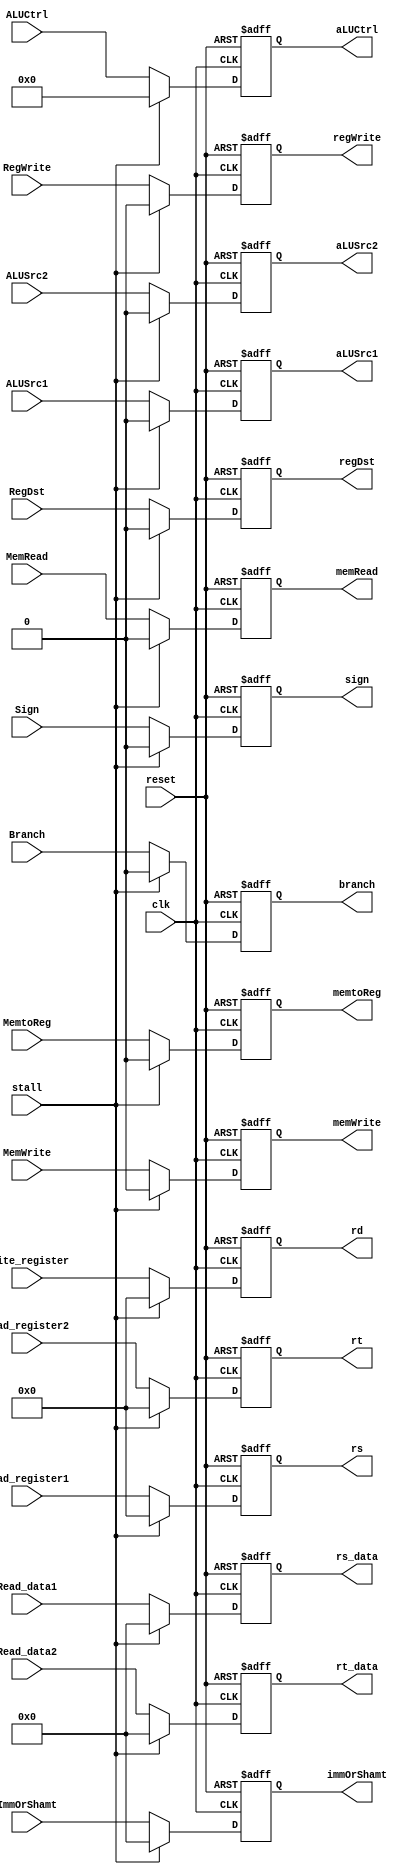
`timescale 1ns/1ps
module ID_EX(
    input reset,
    input clk,
    input stall,
	input Branch,
	input RegWrite,
	input RegDst,
	input MemRead,
	input MemWrite,
	input MemtoReg,
	input ALUSrc1,
	input ALUSrc2,
    input [31:0] Read_data1,
    input [31:0] Read_data2,
    input [4:0] Read_register1,
    input [4:0] Read_register2,
    input [4:0] Write_register,
    input [31:0] ImmOrShamt,
    input [3:0] ALUCtrl,
    input Sign,

	output reg branch,
	output reg regWrite,
	output reg regDst,
	output reg memRead,
	output reg memWrite,
	output reg memtoReg,
	output reg aLUSrc1,
	output reg aLUSrc2,
    output reg [31:0] rs_data,
    output reg [31:0] rt_data,
    output reg [4:0] rs,
    output reg [4:0] rt,
    output reg [4:0] rd,
    output reg [31:0] immOrShamt,
    output reg [3:0] aLUCtrl,
    output reg sign
);

    always @(posedge reset or posedge clk)
        if(reset)
        begin
            branch <= 0;
            regWrite <= 0;
            regDst <= 0;
            memRead <= 0;
            memWrite <= 0;
            memtoReg <= 0;
            aLUSrc1 <= 0;
            aLUSrc2 <= 0;
            rs_data <= 0;
            rt_data <= 0;
            rs <= 0;
            rt <= 0;
            rd <= 0;
            immOrShamt <= 0;
            aLUCtrl <= 0;
            sign <= 0;
        end
        else if(stall)
        begin
            branch <= 0;
            regWrite <= 0;
            regDst <= 0;
            memRead <= 0;
            memWrite <= 0;
            memtoReg <= 0;
            aLUSrc1 <= 0;
            aLUSrc2 <= 0;
            rs_data <= 0;
            rt_data <= 0;
            rs <= 0;
            rt <= 0;
            rd <= 0;
            immOrShamt <= 0;
            aLUCtrl <= 0;
            sign <= 0;
        end
        else 
        begin
            branch <= Branch;
            regWrite <= RegWrite;
            regDst <= RegDst;
            memRead <= MemRead;
            memWrite <= MemWrite;
            memtoReg <= MemtoReg;
            aLUSrc1 <= ALUSrc1;
            aLUSrc2 <= ALUSrc2;
            rs_data <= Read_data1;
            rt_data <= Read_data2;
            rs <= Read_register1;
            rt <= Read_register2;
            rd <= Write_register;
            immOrShamt <= ImmOrShamt;
            aLUCtrl <= ALUCtrl;
            sign <= Sign;
        end
endmodule